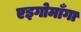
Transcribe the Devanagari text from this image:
एइगोमाँगा